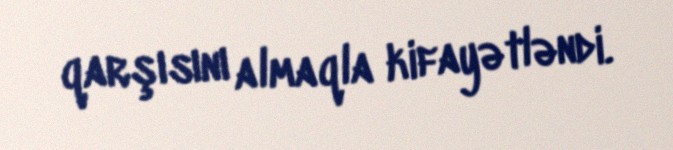
qarşısını almaqla kifayətləndi.